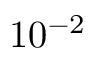
1 0 ^ { - 2 }